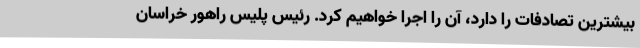
بیشترین تصادفات را دارد، آن را اجرا خواهیم کرد. رئیس پلیس راهور خراسان